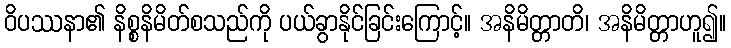
ဝိပဿနာ၏ နိစ္စနိမိတ်စသည်ကို ပယ်ခွာနိုင်ခြင်းကြောင့်။ အနိမိတ္တာတိ၊ အနိမိတ္တာဟူ၍။